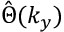
\hat { \Theta } ( k _ { y } )